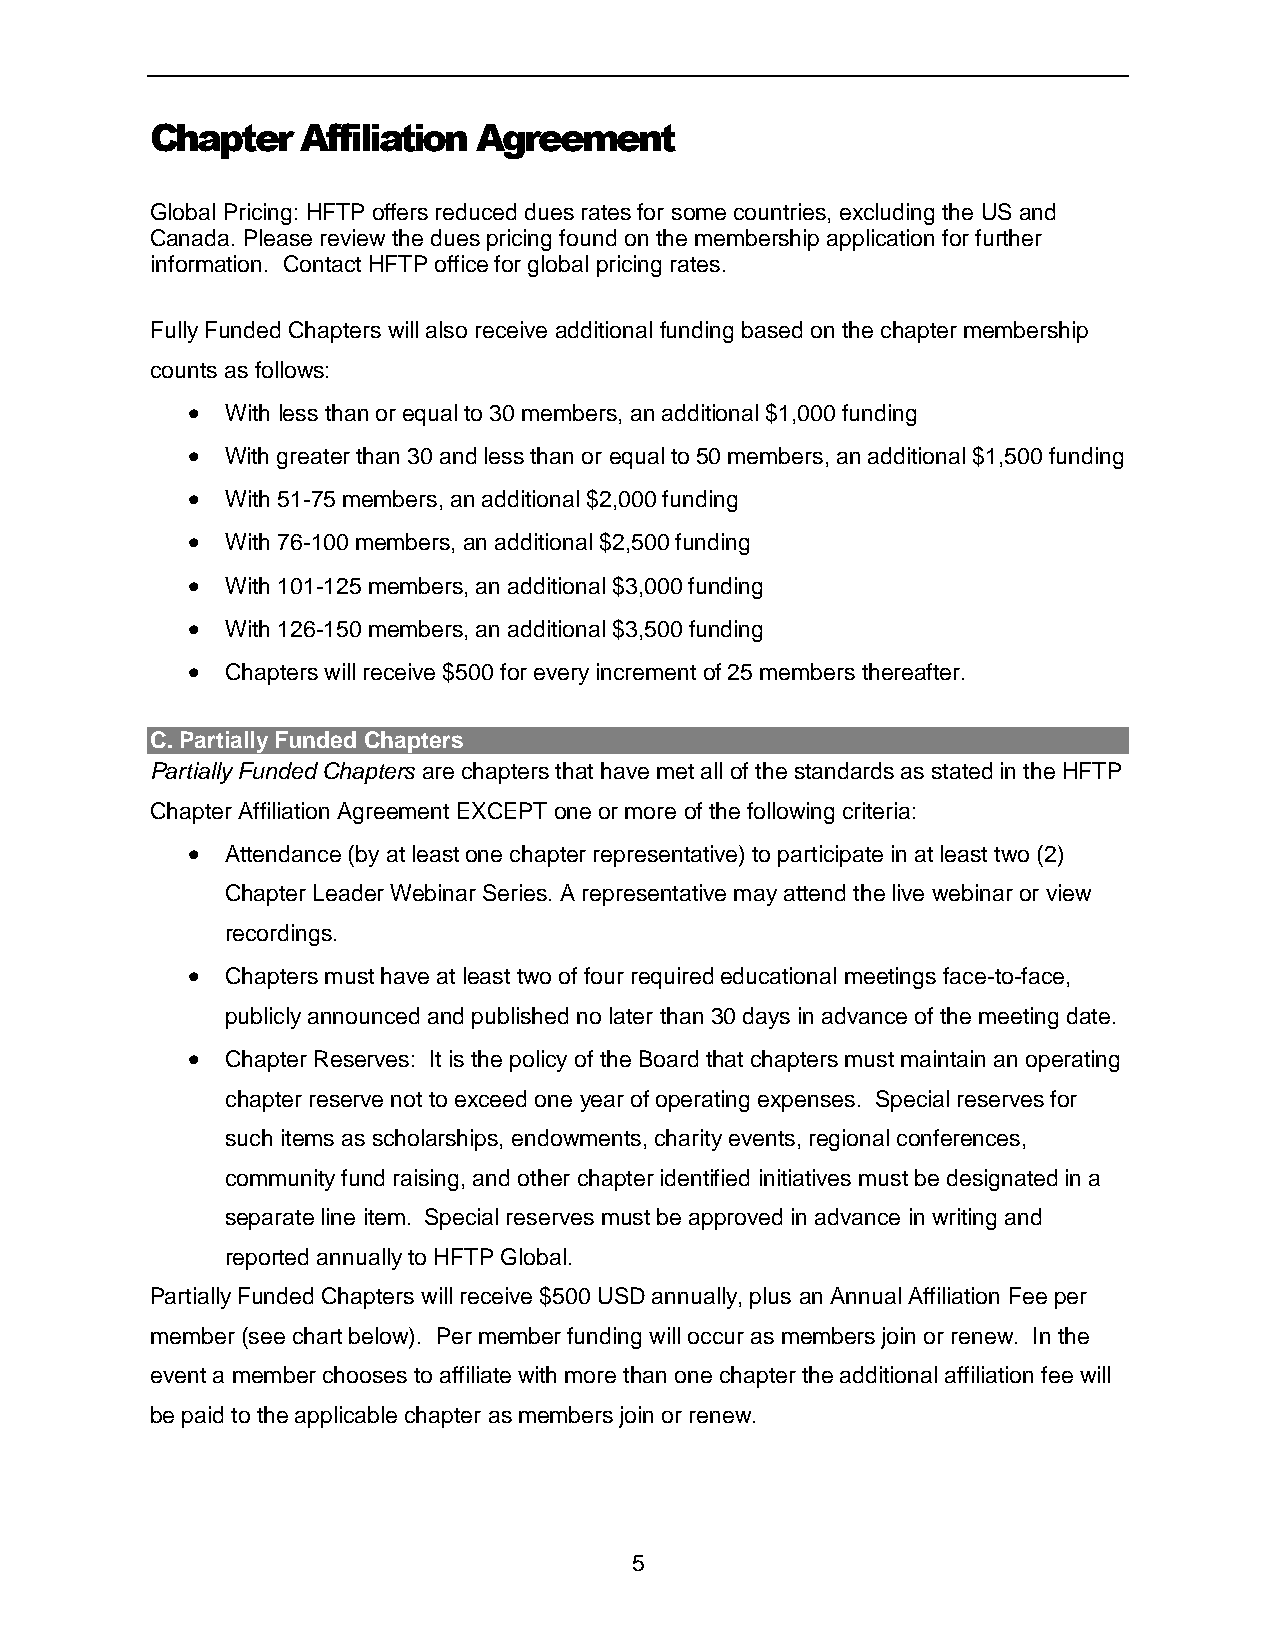
Chapter   Affiliation Agreement
 Global Pricing: HFTP offers reduced dues rates for some countries, excluding the US and
 Canada. Please review the dues pricing found on the membership application for further
 information. Contact HFTP office for global pricing rates.
 Fully Funded Chapters will also receive additional funding based on the chapter membership
 counts as follows:
   With less than or equal to 30 members, an additional $1,000 funding
   With greater than 30 and less than or equal to 50 members, an additional $1,500 funding
   With 51-75 members, an additional $2,000 funding
   With 76-100 members, an additional $2,500 funding
   With 101-125 members, an additional $3,000 funding
   With 126-150 members, an additional $3,500 funding
   Chapters will receive $500 for every increment of 25 members thereafter.
 C. Partially Funded Chapters
 Partially Funded Chapters are chapters that have met all of the standards as stated in the HFTP
 Chapter Affiliation Agreement EXCEPT one or more of the following criteria:
   Attendance (by at least one chapter representative) to participate in at least two (2)
 Chapter Leader Webinar Series. A representative may attend the live webinar or view
 recordings.
   Chapters must have at least two of four required educational meetings face-to-face,
 publicly announced and published no later than 30 days in advance of the meeting date.
   Chapter Reserves: It is the policy of the Board that chapters must maintain an operating
 chapter reserve not to exceed one year of operating expenses. Special reserves for
 such items as scholarships, endowments, charity events, regional conferences,
 community fund raising, and other chapter identified initiatives must be designated in a
 separate line item. Special reserves must be approved in advance in writing and
 reported annually to HFTP Global.
 Partially Funded Chapters will receive $500 USD annually, plus an Annual Affiliation Fee per
 member (see chart below). Per member funding will occur as members join or renew. In the
 event a member chooses to affiliate with more than one chapter the additional affiliation fee will
 be paid to the applicable chapter as members join or renew.
 5